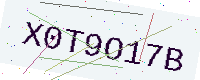
Text: X0T9O17B